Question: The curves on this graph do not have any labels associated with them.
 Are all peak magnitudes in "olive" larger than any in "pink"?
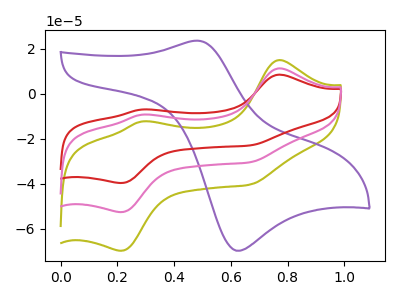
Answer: <think>The olive curve "olive" has anodic peaks at (0.75V, 14.95uA) (0.30V, -12.35uA) and cathodic peaks at (0.20V, -69.65uA) (0.65V, -40.25uA). The purple curve "purple" has an anodic peak at (0.50V, 23.55uA) and a cathodic peak at (0.60V, -69.65uA). The red curve "red" has anodic peaks at (0.75V, 22.55uA) (0.30V, -18.60uA) and cathodic peaks at (0.20V, -105.00uA) (0.65V, -60.70uA). The pink curve "pink" has anodic peaks at (0.75V, 11.25uA) (0.30V, -9.30uA) and cathodic peaks at (0.20V, -52.50uA) (0.65V, -30.35uA).</think>
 <answer>The peaks in "olive" are neither all higher or all lower than the peaks in "pink".</answer>
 <eval>mixed</eval>